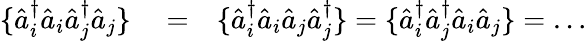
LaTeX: \begin{array}{rlr}{\{ \hat{a}_{i}^{\dagger}\hat{a}_{i}\hat{a}_{j}^{\dagger}\hat{a}_{j}\} }&{{}=}&{\{ \hat{a}_{i}^{\dagger}\hat{a}_{i}\hat{a}_{j}\hat{a}_{j}^{\dagger}\} =\{ \hat{a}_{i}^{\dagger}\hat{a}_{j}^{\dagger}\hat{a}_{i}\hat{a}_{j}\} =\dots}\end{array}